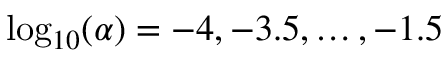
\log _ { 1 0 } ( \alpha ) = - 4 , - 3 . 5 , \ldots , - 1 . 5